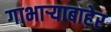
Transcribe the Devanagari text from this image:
गाभाऱ्याबाहेर